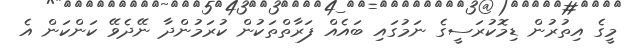
މީގެ އިތުރުން ޑިމޮކުރަސީގެ ނަމުގައި ބައެއް ފަރާތްތަކުން ކުރަމުންދާ ނޭދެވޭ ކަންކަން އެ